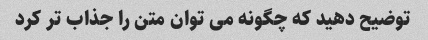
توضیح دهید که چگونه می توان متن را جذاب تر کرد